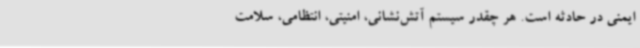
ایمنی در حادثه است. هر چقدر سیستم آتش‌نشانی، امنیتی، انتظامی، سلامت